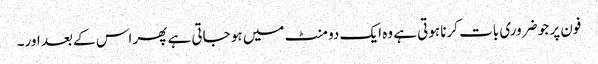
فون پر جو ضروری بات کرنا ہوتی ہے وہ ایک دو منٹ میں ہو جاتی ہے پھر اس کے بعد اور۔